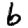
Digit: 6